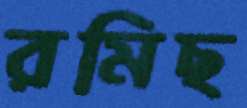
রমিছ